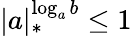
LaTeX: |a|_{*}^{\log_{a}b}\leq 1